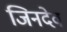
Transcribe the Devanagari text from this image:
जिनदेव